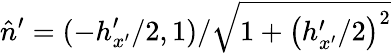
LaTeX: \hat{n}^{\prime}=(-h_{x^{\prime}}^{\prime}/2,1)/\sqrt{1+\left(h_{x^{\prime}}^{\prime}/2\right)^{2}}